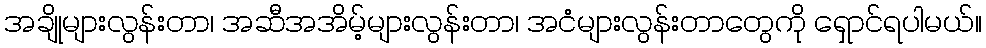
အချိုများလွန်းတာ၊ အဆီအအိမ့်များလွန်းတာ၊ အငံများလွန်းတာတွေကို ရှောင်ရပါမယ်။